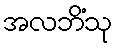
အလဘိံသု